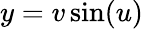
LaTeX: y=v\sin(u)